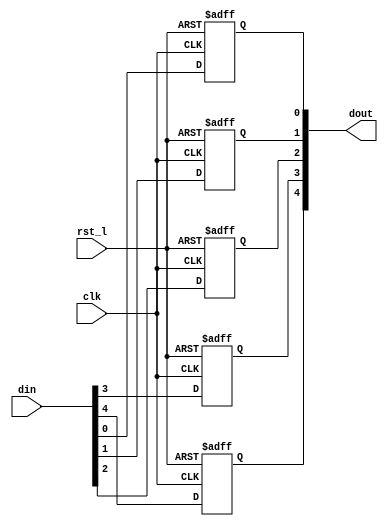
module rvdff_WIDTH5
(
  din,
  clk,
  rst_l,
  dout
);

  input [4:0] din;
  output [4:0] dout;
  input clk;
  input rst_l;
  wire N0;
  reg [4:0] dout;

  always @(posedge clk or posedge N0) begin
    if(N0) begin
      dout[4] <= 1'b0;
    end else if(1'b1) begin
      dout[4] <= din[4];
    end
  end


  always @(posedge clk or posedge N0) begin
    if(N0) begin
      dout[3] <= 1'b0;
    end else if(1'b1) begin
      dout[3] <= din[3];
    end
  end


  always @(posedge clk or posedge N0) begin
    if(N0) begin
      dout[2] <= 1'b0;
    end else if(1'b1) begin
      dout[2] <= din[2];
    end
  end


  always @(posedge clk or posedge N0) begin
    if(N0) begin
      dout[1] <= 1'b0;
    end else if(1'b1) begin
      dout[1] <= din[1];
    end
  end


  always @(posedge clk or posedge N0) begin
    if(N0) begin
      dout[0] <= 1'b0;
    end else if(1'b1) begin
      dout[0] <= din[0];
    end
  end

  assign N0 = ~rst_l;

endmodule